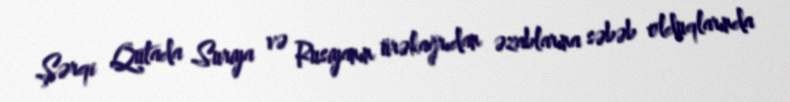
Şərqi Qutada Suriya və Rusiyanın ürəkağrıdan əzablarına səbəb olduqlarında